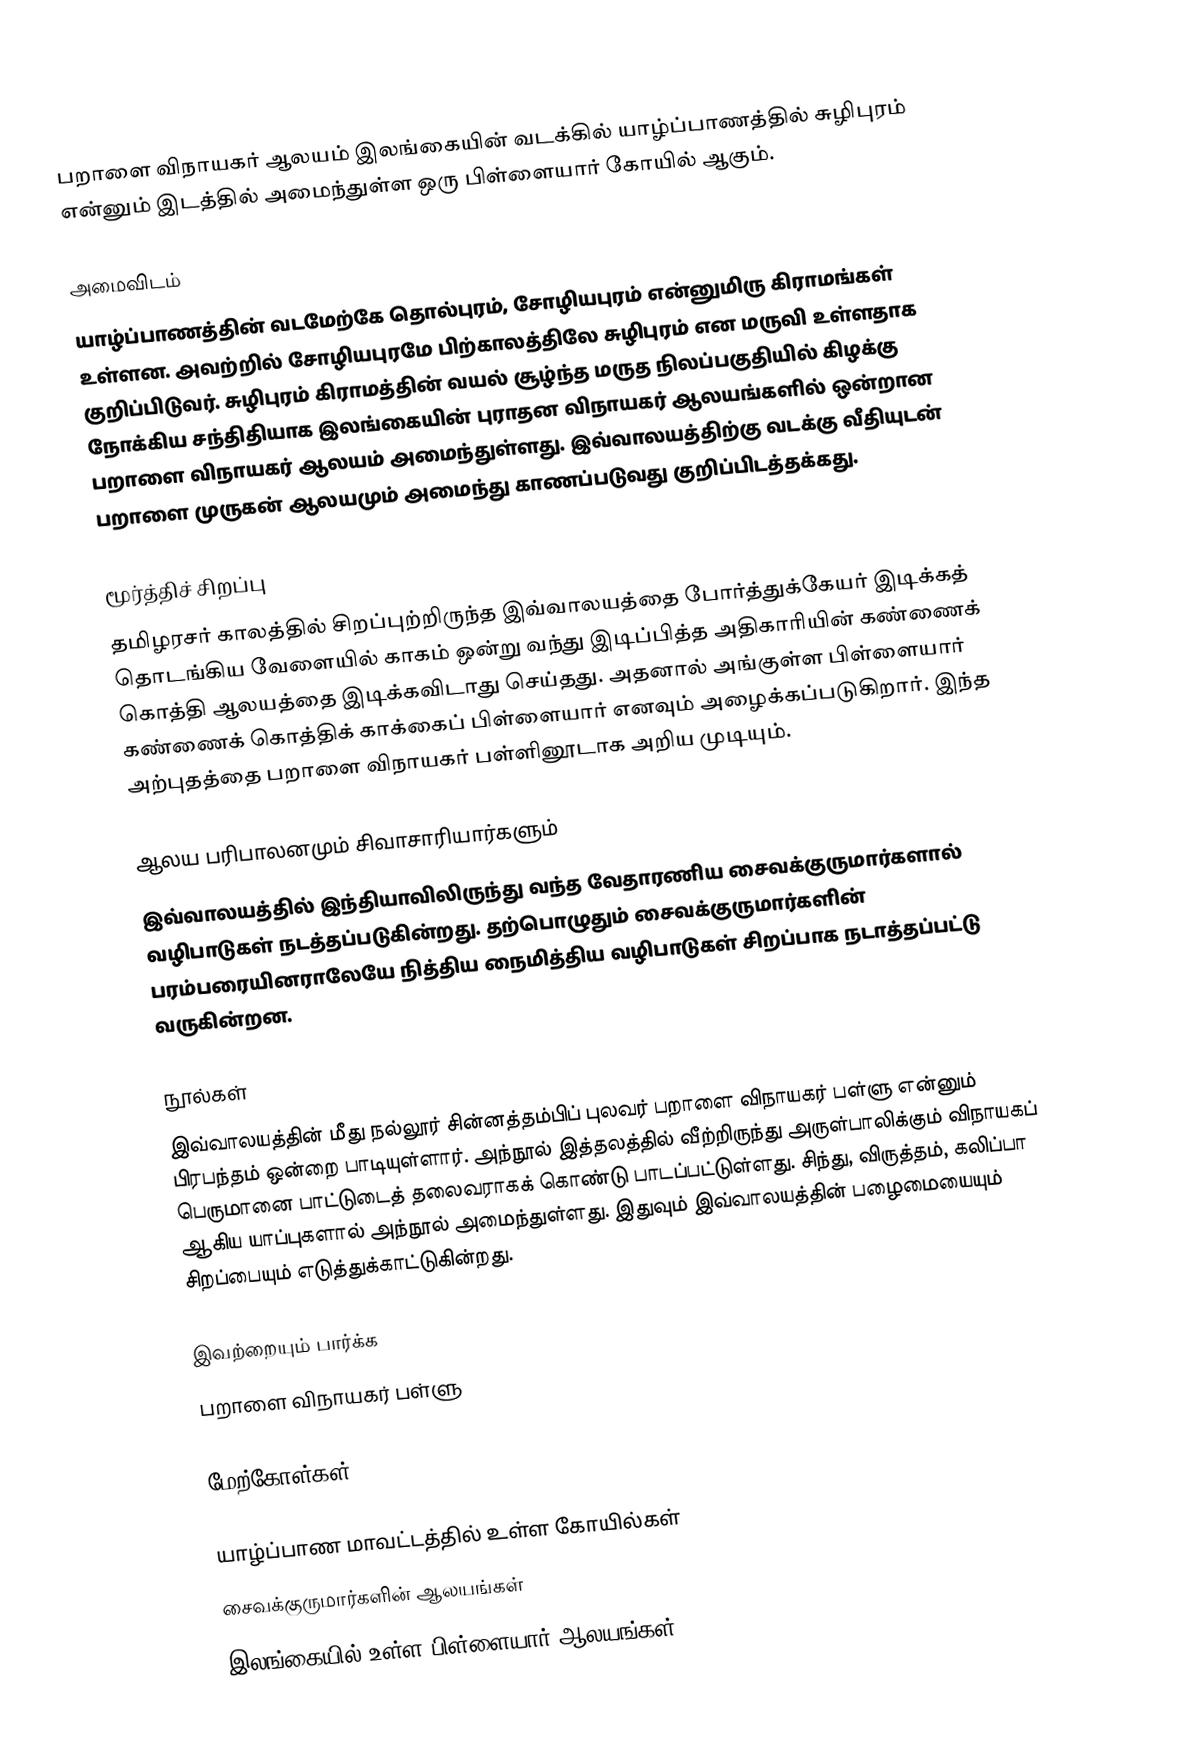
பறாளை விநாயகர் ஆலயம் இலங்கையின் வடக்கில் யாழ்ப்பாணத்தில் சுழிபுரம் என்னும் இடத்தில் அமைந்துள்ள ஒரு பிள்ளையார் கோயில் ஆகும்.

அமைவிடம்
யாழ்ப்பாணத்தின் வடமேற்கே தொல்புரம், சோழியபுரம் என்னுமிரு கிராமங்கள் உள்ளன. அவற்றில் சோழியபுரமே பிற்காலத்திலே சுழிபுரம் என மருவி உள்ளதாக குறிப்பிடுவர். சுழிபுரம் கிராமத்தின் வயல் சூழ்ந்த மருத நிலப்பகுதியில் கிழக்கு நோக்கிய சந்திதியாக இலங்கையின் புராதன விநாயகர் ஆலயங்களில் ஒன்றான பறாளை விநாயகர் ஆலயம் அமைந்துள்ளது. இவ்வாலயத்திற்கு வடக்கு வீதியுடன் பறாளை முருகன் ஆலயமும் அமைந்து காணப்படுவது குறிப்பிடத்தக்கது.

மூர்த்திச் சிறப்பு
தமிழரசர் காலத்தில் சிறப்புற்றிருந்த இவ்வாலயத்தை போர்த்துக்கேயர் இடிக்கத் தொடங்கிய வேளையில் காகம் ஒன்று வந்து இடிப்பித்த அதிகாரியின் கண்ணைக் கொத்தி ஆலயத்தை இடிக்கவிடாது செய்தது. அதனால் அங்குள்ள பிள்ளையார் கண்ணைக் கொத்திக் காக்கைப் பிள்ளையார் எனவும் அழைக்கப்படுகிறார். இந்த அற்புதத்தை பறாளை விநாயகர் பள்ளினூடாக அறிய முடியும்.

ஆலய பரிபாலனமும் சிவாசாரியார்களும்
இவ்வாலயத்தில் இந்தியாவிலிருந்து வந்த வேதாரணிய சைவக்குருமார்களால் வழிபாடுகள் நடத்தப்படுகின்றது. தற்பொழுதும் சைவக்குருமார்களின் பரம்பரையினராலேயே நித்திய நைமித்திய வழிபாடுகள் சிறப்பாக நடாத்தப்பட்டு வருகின்றன.

நூல்கள்
இவ்வாலயத்தின் மீது நல்லூர் சின்னத்தம்பிப் புலவர் பறாளை விநாயகர் பள்ளு என்னும் பிரபந்தம் ஒன்றை பாடியுள்ளார். அந்நூல் இத்தலத்தில் வீற்றிருந்து அருள்பாலிக்கும் விநாயகப் பெருமானை பாட்டுடைத் தலைவராகக் கொண்டு பாடப்பட்டுள்ளது. சிந்து, விருத்தம், கலிப்பா ஆகிய யாப்புகளால் அந்நூல் அமைந்துள்ளது. இதுவும் இவ்வாலயத்தின் பழைமையையும் சிறப்பையும் எடுத்துக்காட்டுகின்றது.

இவற்றையும் பார்க்க
 பறாளை விநாயகர் பள்ளு

மேற்கோள்கள்

யாழ்ப்பாண மாவட்டத்தில் உள்ள கோயில்கள்
சைவக்குருமார்களின் ஆலயங்கள்
இலங்கையில் உள்ள பிள்ளையார் ஆலயங்கள்